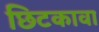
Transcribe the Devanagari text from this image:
छिटकावा